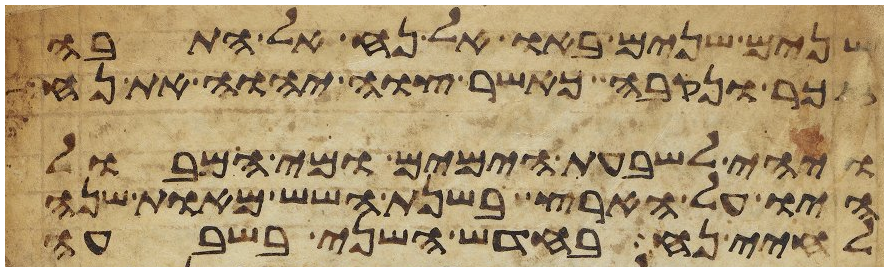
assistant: שנים שנים באו אל נח אל התבה
זכר ונקבה כאשר צוה יהוה את נח
ויהי לשבעת הימים ומי המבול
היו על הארץ בשנת השש מאות שנה
לחיי נח בחדש השני בשבעה